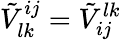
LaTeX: \tilde{V}_{lk}^{ij}=\tilde{V}_{ij}^{lk}